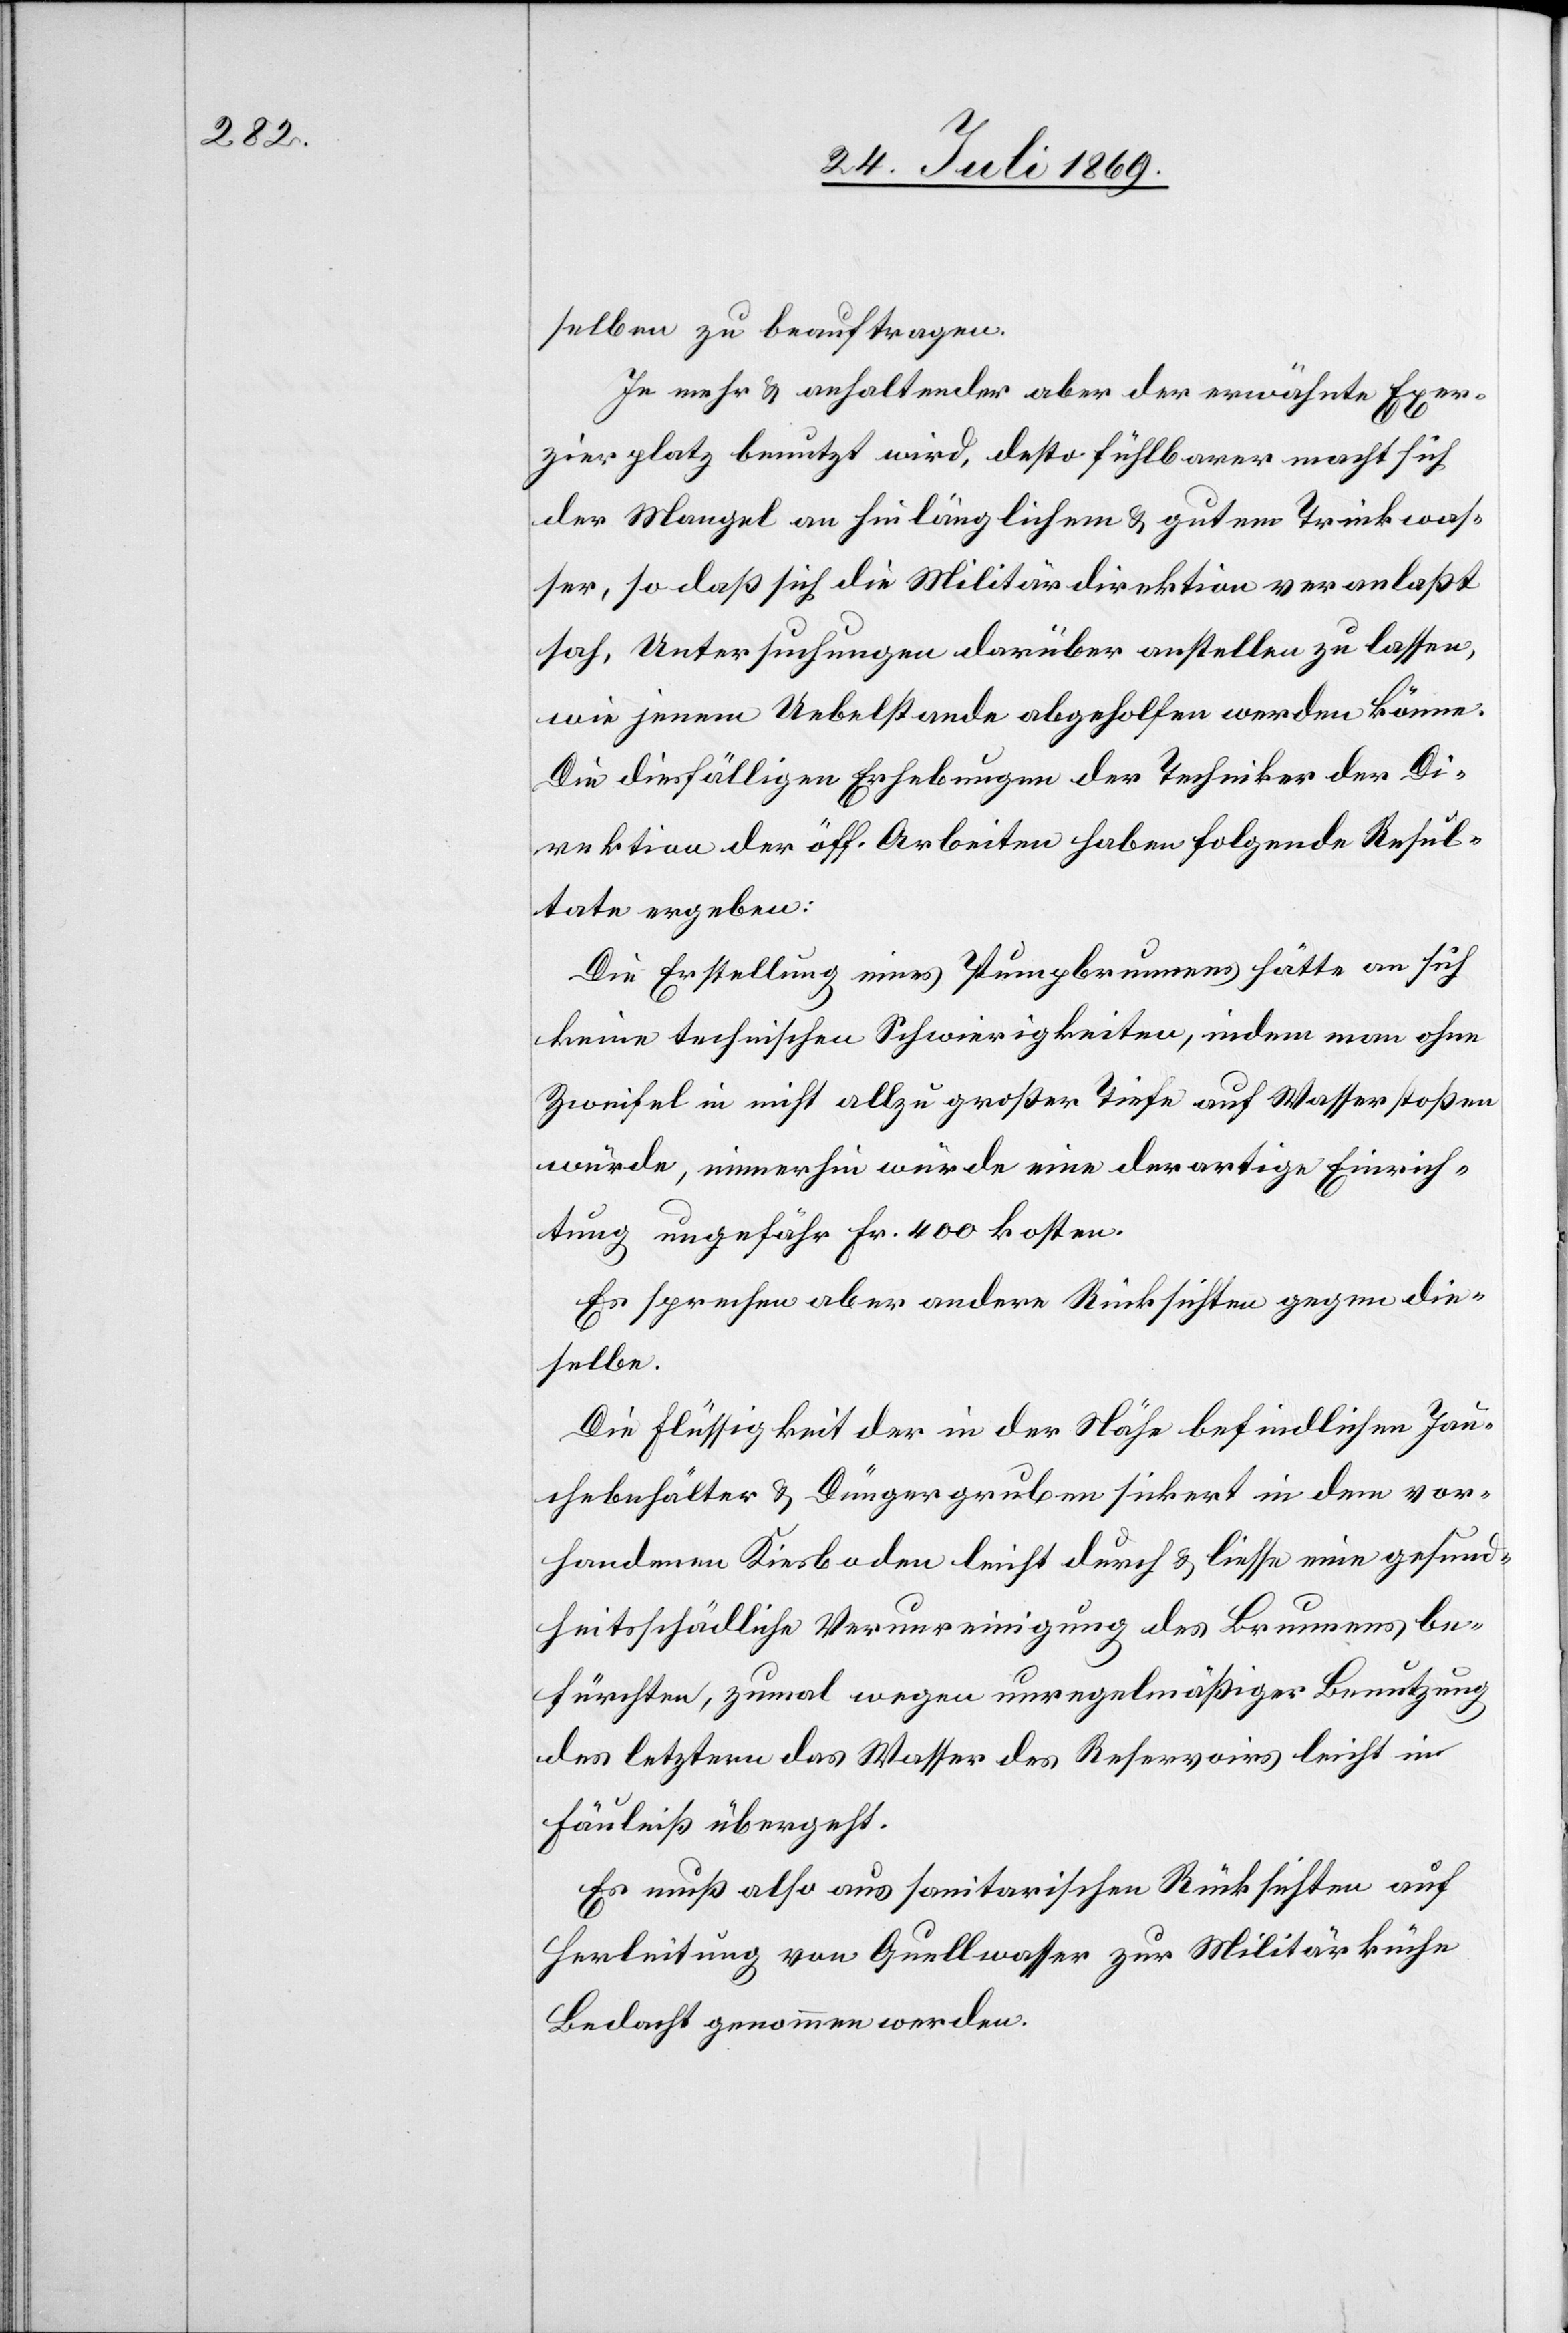
selben zu beauftragen.
Je mehr u. anhaltender aber der erwähnte Exer¬
zierplatz benutzt wird, desto fühlbarer macht sich
der Mangel an hinlänglichem u. gutem Trinkwas¬
ser, so daß sich die Militärdirektion veranlaßt
sah, Untersuchungen darüber anstellen zu lassen,
wie jenem Uebelstande abgeholfen werden könne.
Die diesfälligen Erhebungen der Techniker der Di¬
rektion der öff. Arbeiten haben folgende Resul¬
tate ergeben:
Die Erstellung eines Pumpbrunnens hätte an sich
keine technischen Schwierigkeiten, indem man ohne
Zweifel in nicht allzu großer Tiefe auf Wasser stoßen
würde, immerhin würde eine derartige Einrich¬
tung ungefähr Fr. 400 kosten.
Es sprechen aber andere Rücksichten gegen die¬
selbe.
Die Flüssigkeit der in der Nähe befindlichen Jau¬
chebehälter u. Düngergruben sickert in dem vor¬
handenen Kiesboden leicht durch u. liesse eine gesund¬
heitsschädliche Verunreinigung des Brunnens be¬
fürchten, zumal wegen unregelmäßiger Benutzung
des letztern das Wasser des Reservoirs leicht in
Fäulniß übergeht.
Es muß also aus sanitarischen Rücksichten auf
Herleitung von Quellwasser zur Militärküche
Bedacht genommen werden.